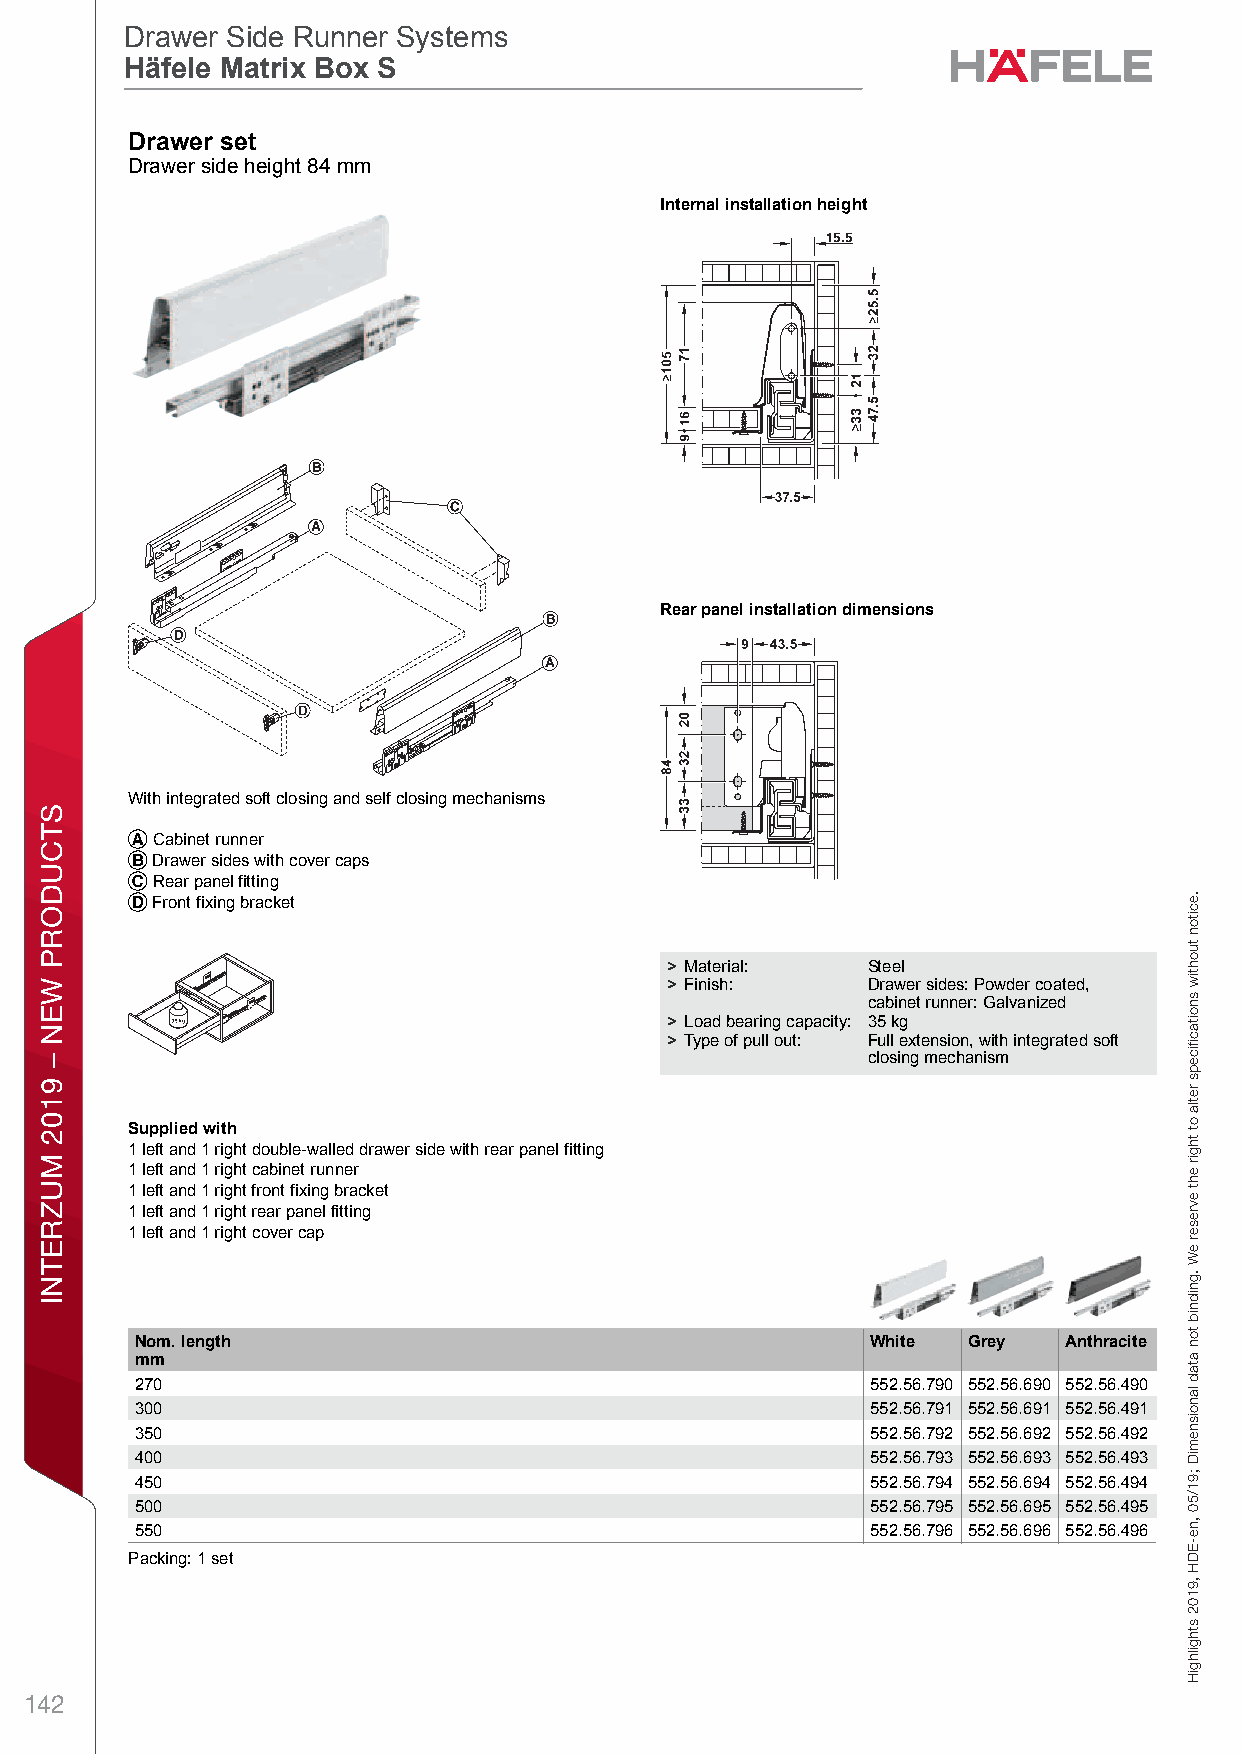
ff19_int_en_08_067.fm Page 67 Thursday, May 2, 2019 9:57 AM
 Drawer Side Runner Systems
 Drawer Side Runner Systems
 Häfele Matrix Box S
 Häfele Matrix Box S
 DDrawer anrd Pulal Out fowr Door Froent FixingrDraw er Sside Ruenner Sytstem sHäfele Matrix Box S – / Planning and ConstructionDimensional data not binding. We reserve the right to alter specifications without notice.
 Drawer side height 84 mm
 Internal installation height
 Rear panel installation dimensions
 With integrated soft closing and self closing mechanisms
 A Cabinet runner
 B Drawer sides with cover caps
 C Rear panel fitting
 D Front fixing bracket
 > Material:  Steel
 > Finish:    Drawer sides: Powder coated,
 cabinet runner: Galvanized
 8
 > Load bearing capacity: 35 kg
 > Type of pull out: Full extension, with integrated soft
 closing mechanism
 Supplied with
 1 left and 1 right double-walled drawer side with rear panel fitting
 1 left and 1 right cabinet runner
 1 left and 1 right front fixing bracket
 1 left and 1 right rear panel fitting
 1 left and 1 right cover cap
 Nom. length                                      White Grey  Anthracite
 mm
 270                                              552.56.790 552.56.690 552.56.490
 300                                              552.56.791 552.56.691 552.56.491
 350                                              552.56.792 552.56.692 552.56.492
 400                                              552.56.793 552.56.693 552.56.493
 450                                              552.56.794 552.56.694 552.56.494
 500                                              552.56.795 552.56.695 552.56.495
 550                                              552.56.796 552.56.696 552.56.496
 Packing: 1 set
 142
 STCUDORP
 WEN
 –
 9102
 MUZRETNI
 gnixiF
 tnorF
 rooD
 rof
 tuO
 lluP
 dna
 rew.eacitroDn
 tuohtiw
 snoitacfiiceps
 retla
 ot
 thgir
 eht
 evreser
 eW
 .gnidnib
 ton
 atad
 lanoisnemiD
 ;91/50
 ,ne-EDH
 ,9102
 sthgilhgiH